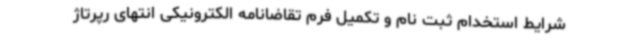
شرایط استخدام ثبت نام و تکمیل فرم تقاضانامه الکترونیکی انتهای رپرتاژ